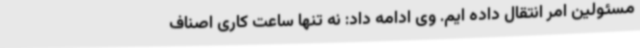
مسئولین امر انتقال داده ایم. وی ادامه داد: نه تنها ساعت کاری اصناف